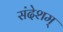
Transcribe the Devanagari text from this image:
संदेशम्